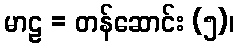
မာဠ = တန်ဆောင်း (၅)၊